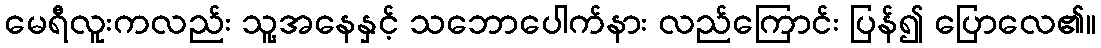
မေရီလူးကလည်း သူ့အနေနှင့် သဘောပေါက်နား လည်ကြောင်း ပြန်၍ ပြောလေ၏။